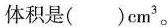
体积是()cm^{3}。